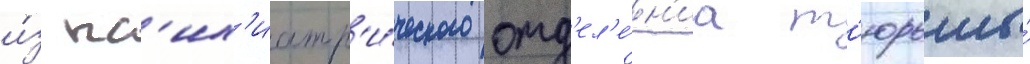
и́з пс'их'иатр'и́ческого отд'ел'е́н'иа т'юрьмы́